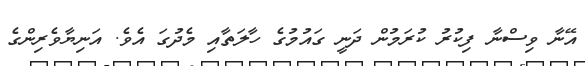
އޭނާ ވިސްނާ ފިކުރު ކުރަމުން ދަނީ ގައުމުގެ ހާލަތާއި މެދުގަ އެވެ. އަނިޔާވެރިންގެ